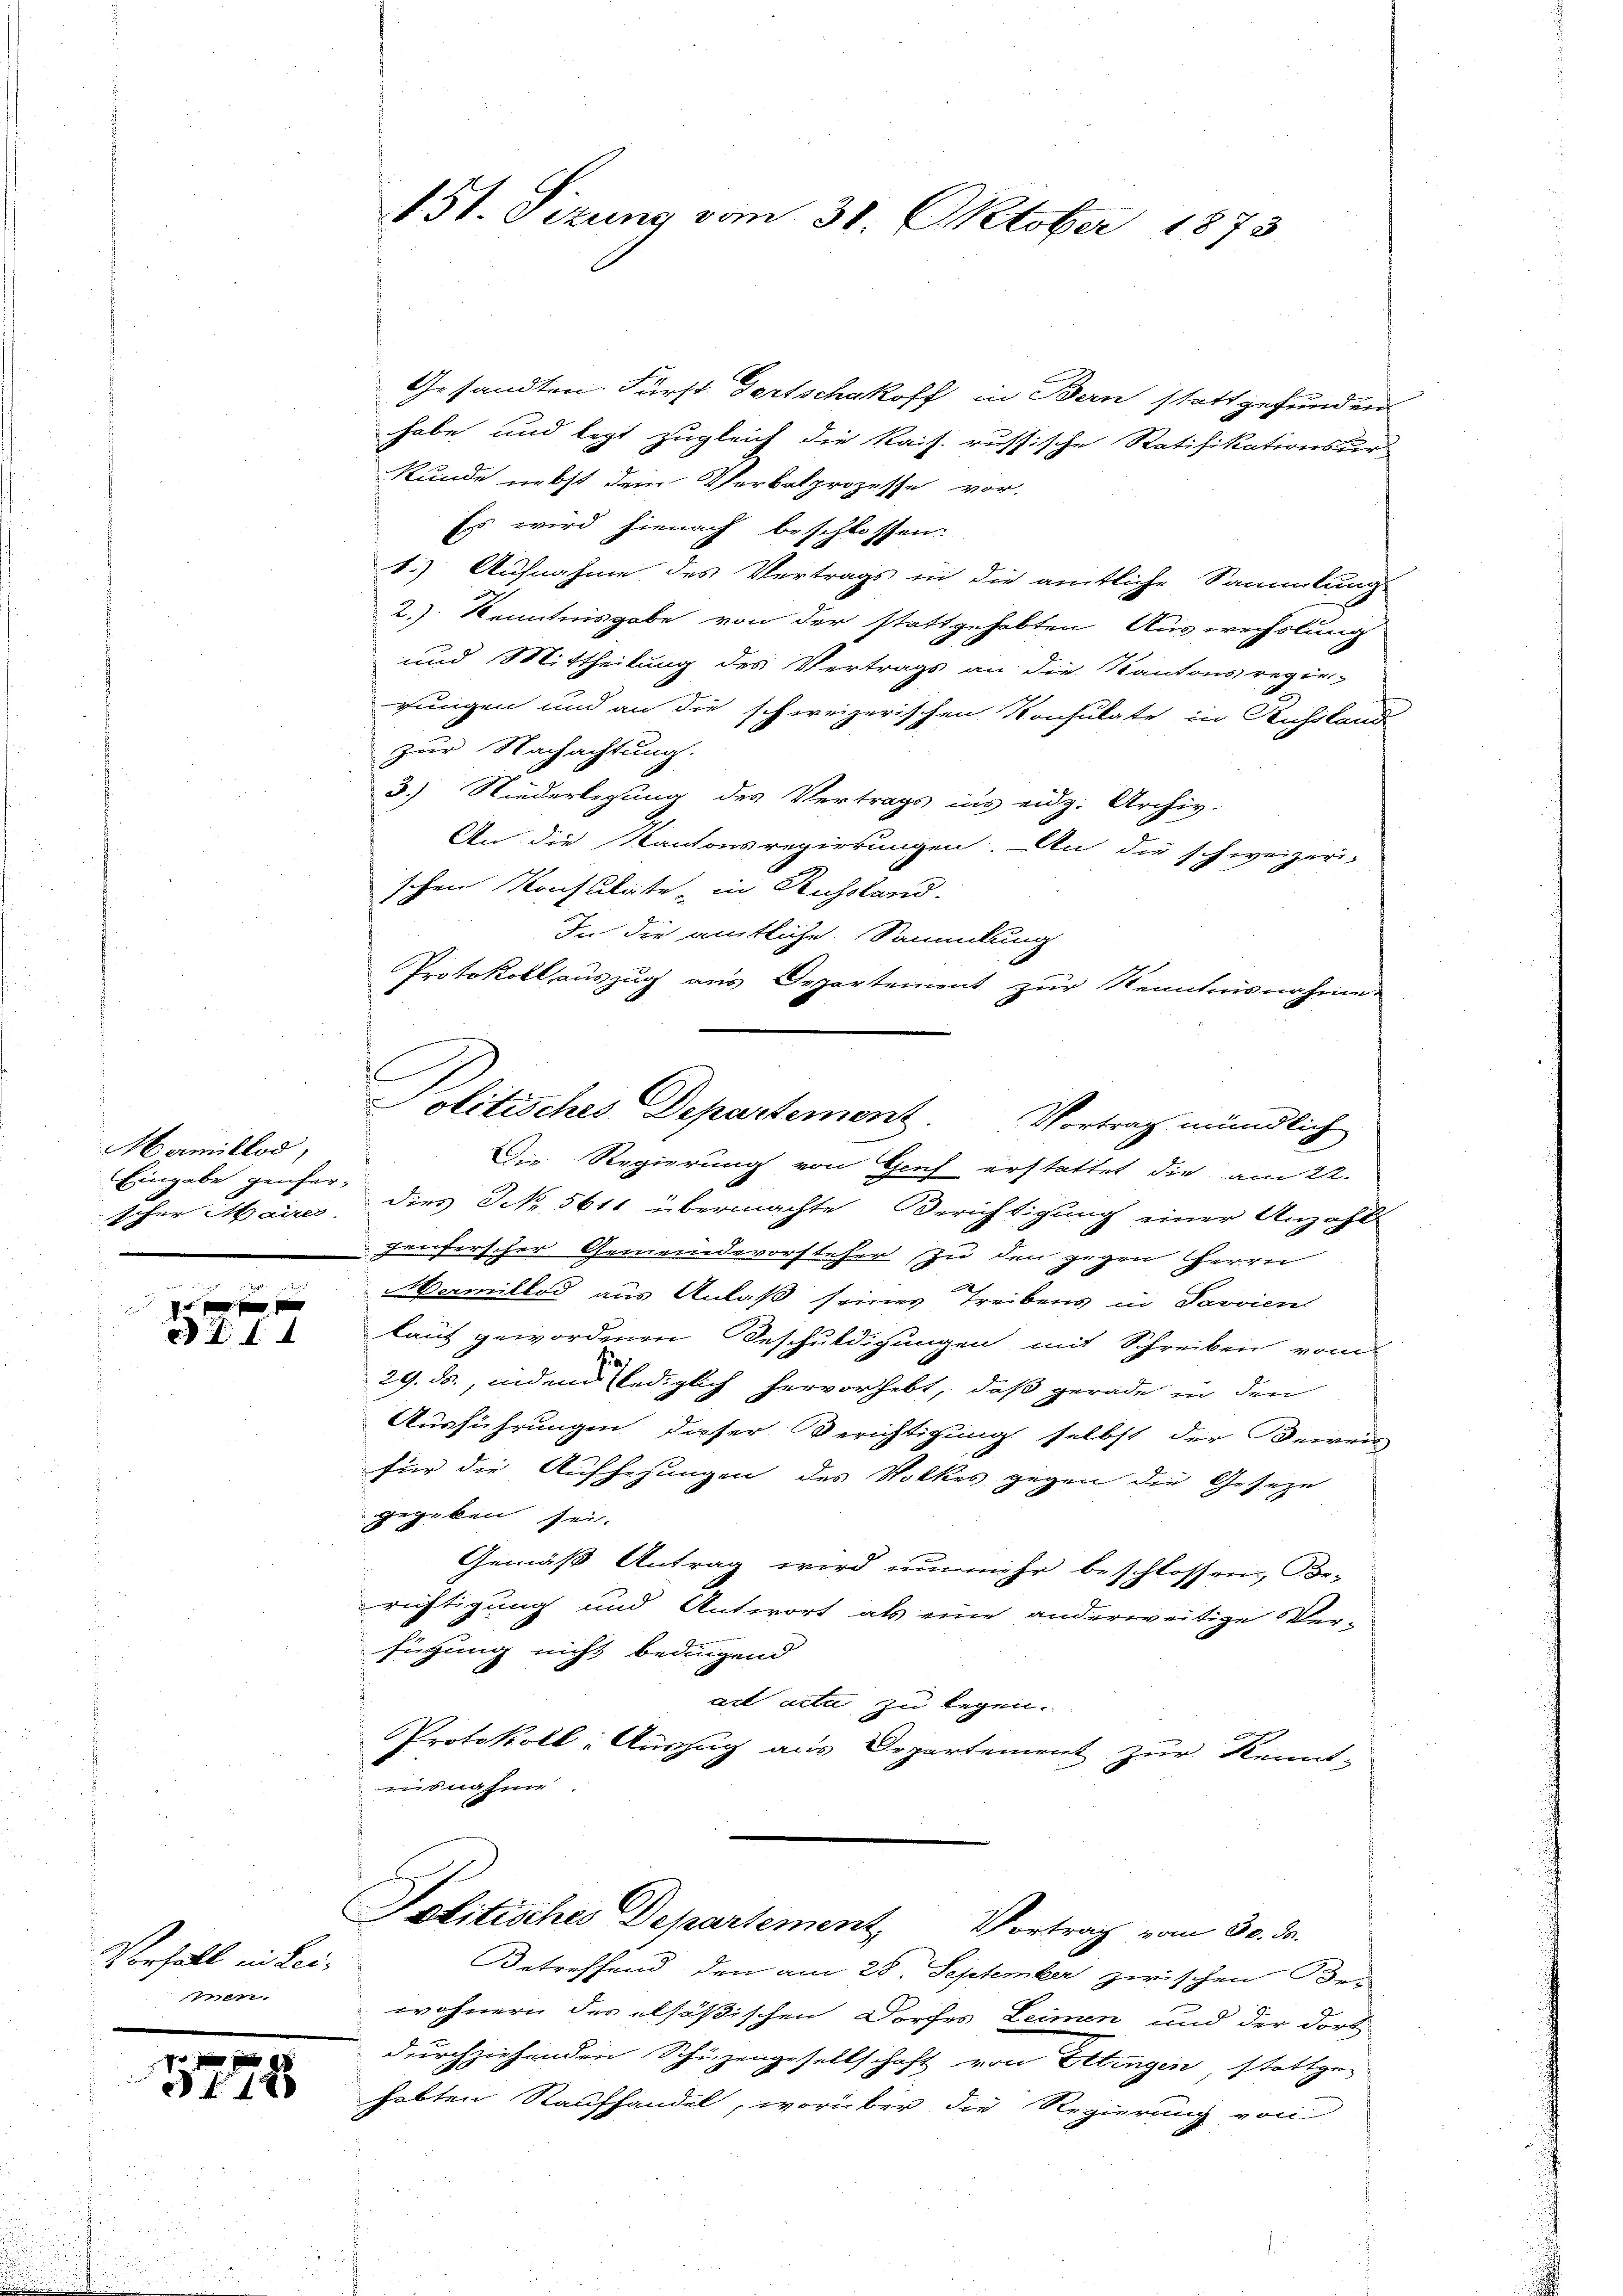
Mamiblod,
Eingabe geifer-
scher Maires.

15 f 0 x
d . . 4

Vorfall in Leie

18

151. Sizung vom 31. Oktober 1873

Gesandten. Fürst Gertschakoff in Bern stattgefunden
habe und legt zugleich die Kais. russische Ratifikationsur-
Kunde nebst dem Verbalprozesse vor-
Es wird hienach beschlossen:
1.) Aufnahme des Vertrags in die amtliche Sammlung
2.) Kenntnisgabe von der stattgehabten Auswechslung
und Mittheilung des Vertrags an die Kantonsregie-
rungen und an die schweizerischen Konsulate in Russlande
zur Nachachtung.
3.) Niederlegung des Vertrags ins eidg. Archiv.
An die Kantonsregierungen. An die schweizeri-
schen Konsulate in Russland.
In die amtliche Sammlung
Protokollauszug aus Departement zur Kenntnisnahme
s
olitisches Departement Vortrag mündlich
Die Regierung von Genf erstattet die am 22.
dies No 5611 übermachte Berichtigung einer Anzahl-
fenferscher Gemeindevorsteher zu den gegen Herrn
Mermiltod aus Anlaß seines Treibens in Pavvien
laut gewordenen Beschuldigungen mit Schreiben vom
29. ds., indem lediglich hervorhebt, daß gerade in den
Ausführungen dieser Berichtigung selbst der Beweis
für die Aufhehungen des Volkes gegen die Geseze
gegeben sei.
Gemäß Antrag wird nunmehr beschlossen Be-
richtigung und Antwort als eine anderweitige Ver-
fügung nicht bedingend
ail acta zu legen.
Protokoll: Auszug aus Departement zur Kennt-

Politisches Departement, Vortrag vom 30. d.

Betreffend den am 28. September zwischen Be-
wohnern des alsößischen Dorfes Leimen und der dort
durchziehenden Schüzengesellschaft von Ettingen stattge
habten Raufhandel, worüber die Regierung von